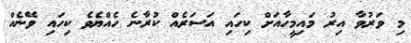
މި ވަރުވާ އިރު މައިމީހާއަށް ކިހައި އަސަރެއް ކުރާނެ ހެއްޔެވެ ކިހައި ވޭނެއް